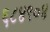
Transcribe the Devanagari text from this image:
६८४९०४